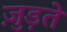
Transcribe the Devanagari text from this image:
जु़ड़ते